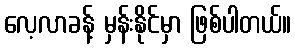
လေ့လာခန့် မှန်းနိုင်မှာ ဖြစ်ပါတယ်။